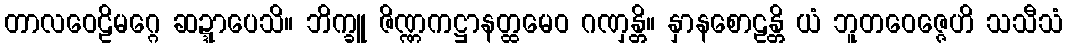
တာလဝေဠိမဂ္ဂေ ဆဍ္ဍာပေသိ။ ဘိက္ခူ ဇိဏ္ဏကဋ္ဌာနတ္ထမေဝ ဂဏှန္တိ။ နှာနစောဠန္တိ ယံ ဘူတဝေဇ္ဇေဟိ သသီသံ